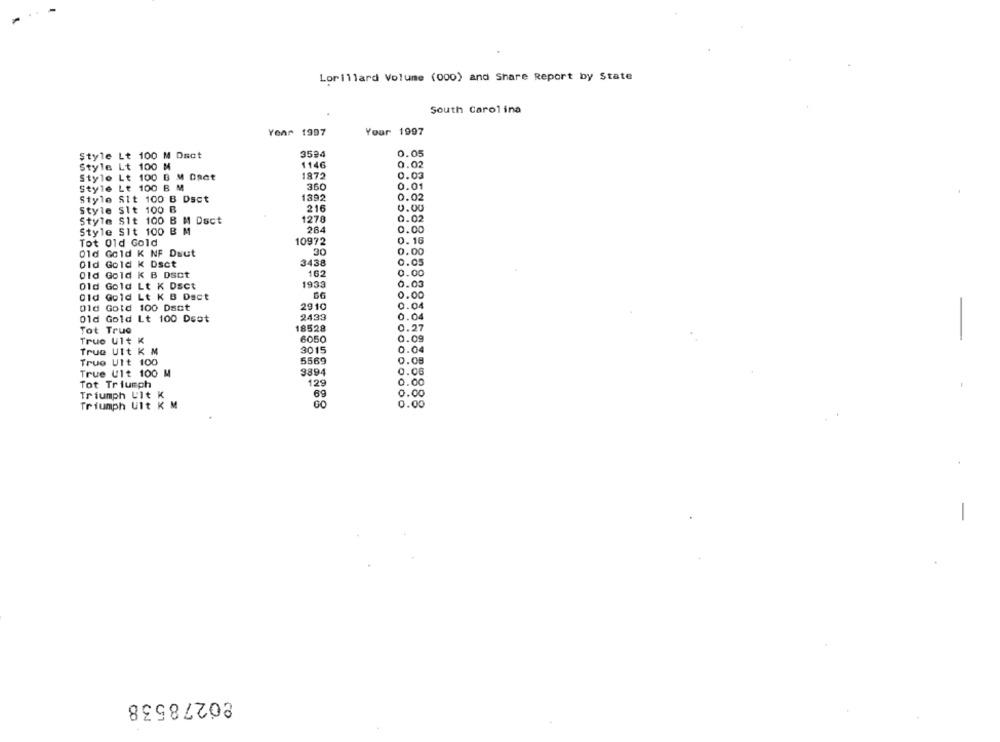
Lorillard Volume (000) and Share Report by State
South Carolina
1997
Your 1997
Style Lt 100 M Dsot
3524
0.05
1146
0.02
Style Lt 100 M
Style Lt 100 B M Oset
1872
0.03
360
0.01
Style Lt 100 B M
Style Sit 100 B Dsct
1892
0.02
216
0.00
Style Sit 100 B
Style Sit 100 B M Dsct
1270
0.02
Style Sit 100 B M
284
0.00
Tot Old Gold
10972
0.16
01d Gold K NF Dsut
30
0.00
Old Gold K Dset
3438
0.05
Old Gold K B Dsct
162
0.00
0.03
Old Gold Lt K Dsct
1933
Old Gold Lt K B Dact
0.00
Old Gold 100 Dsct
2910
0.04
Old Gold Lt 100 Dsot
2433
0.04
18528
Tot True
0.27
True Ult K
6050
0.09
3015
0.04
True Ult K M
True Ult 100
5569
0.08
9894
0.06
True Ult 100 M
Tot Triumph
129
0.
1.00
Triumph Ult K
69
Triumph Ult K M
0.00
-
80278538